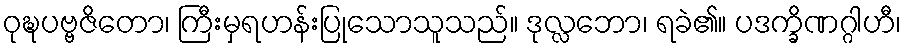
ဝုဍ္ဎပဗ္ဗဇိတော၊ ကြီးမှရဟန်းပြုသောသူသည်။ ဒုလ္လဘော၊ ရခဲ၏။ ပဒက္ခိဏဂ္ဂါဟီ၊